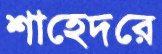
শাহেদরে